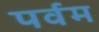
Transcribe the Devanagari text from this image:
पर्वम